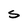
Character: S